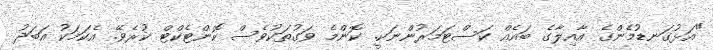
"އަޅުގަނޑުމެންގެ އާއިލާގެ ބައެއް ކަސްޓަމަރުންނަކީ. ކޮންމެ ވަގުތަކުވެސް ކޮންޓެކްޓް ކުރެވޭ. އެކަމަކު އަބަދު